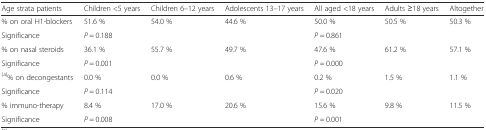
| Age strata patients | Children <5 years | Children 6–12 years | Adolescents 13–17 years | All aged <18 years | Adults ≥18 years | Altogether |
 | --- | --- | --- | --- | --- | --- | --- |
 | % on oral H1-blockers | 51.6 % | 54.0 % | 44.6 % | 50.0 % | 50.5 % | 50.3 % |
 | Significance | <COLSPAN=3> P = 0.188 | <COLSPAN=2> P = 0.861 |  |
 | % on nasal steroids | 36.1 % | 55.7 % | 49.7 % | 47.6 % | 61.2 % | 57.1 % |
 | Significance | <COLSPAN=3> P = 0.001 | <COLSPAN=2> P = 0.000 |  |
 | (a)% on decongestants | 0.0 % | 0.0 % | 0.6 % | 0.2 % | 1.5 % | 1.1 % |
 | Significance | <COLSPAN=3> P = 0.114 | <COLSPAN=2> P = 0.020 |  |
 | % immuno-therapy | 8.4 % | 17.0 % | 20.6 % | 15.6 % | 9.8 % | 11.5 % |
 | Significance | <COLSPAN=3> P = 0.008 | <COLSPAN=2> P = 0.001 |  |